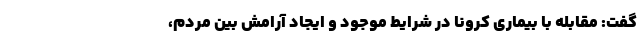
گفت: مقابله با بیماری کرونا در شرایط موجود و ایجاد آرامش بین مردم،